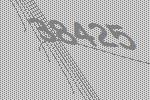
38425